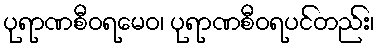
ပုရာဏစီဝရမေဝ၊ ပုရာဏစီဝရပင်တည်း၊